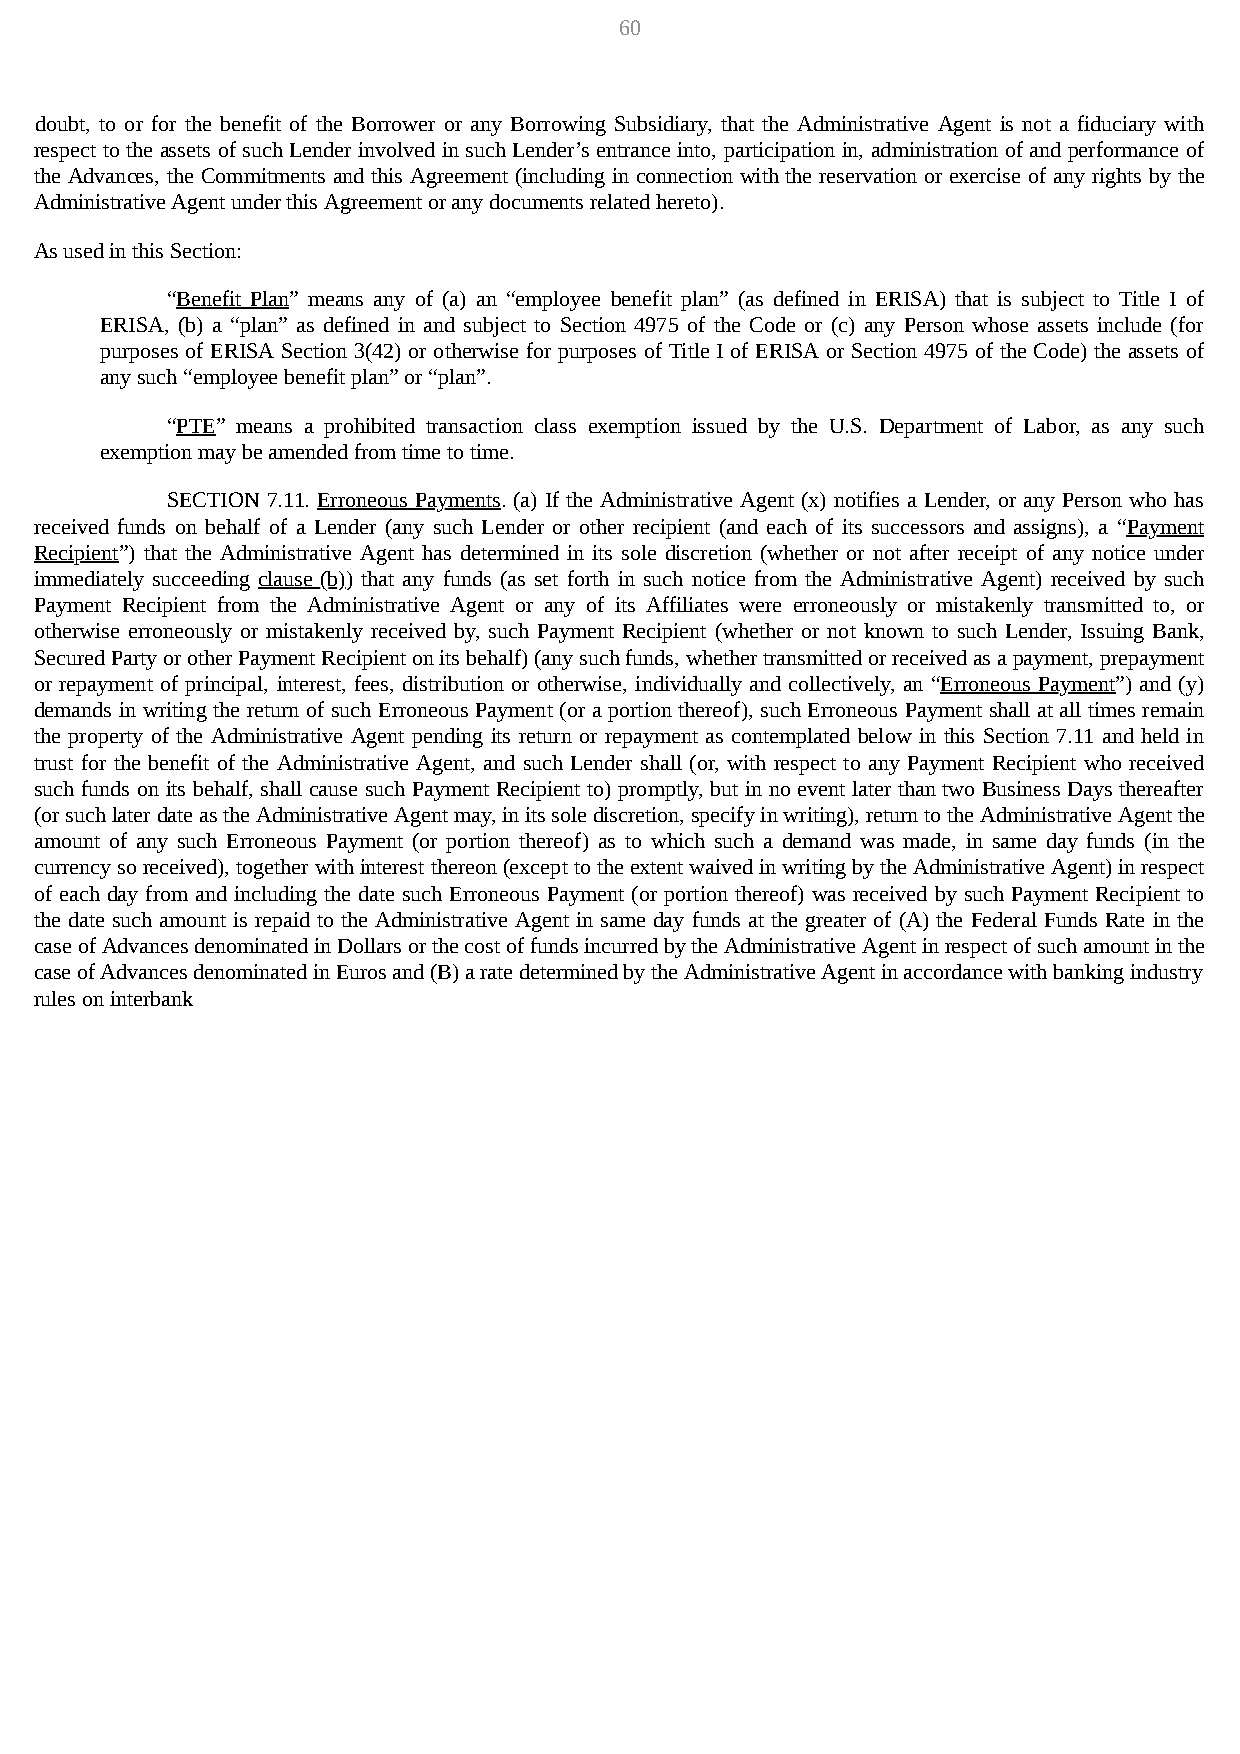
60
 doubt, to or for the benefit of the Borrower or any Borrowing Subsidiary, that the Administrative Agent is not a fiduciary with
 respect to the assets of such Lender involved in such Lender’s entrance into, participation in, administration of and performance of
 the Advances, the Commitments and this Agreement (including in connection with the reservation or exercise of any rights by the
 Administrative Agent under this Agreement or any documents related hereto).
 As used in this Section:
 “Benefit Plan” means any of (a) an “employee benefit plan” (as defined in ERISA) that is subject to Title I of
 ERISA, (b) a “plan” as defined in and subject to Section 4975 of the Code or (c) any Person whose assets include (for
 purposes of ERISA Section 3(42) or otherwise for purposes of Title I of ERISA or Section 4975 of the Code) the assets of
 any such “employee benefit plan” or “plan”.
 “PTE” means a prohibited transaction class exemption issued by the U.S. Department of Labor, as any such
 exemption may be amended from time to time.
 SECTION 7.11. Erroneous Payments. (a) If the Administrative Agent (x) notifies a Lender, or any Person who has
 received funds on behalf of a Lender (any such Lender or other recipient (and each of its successors and assigns), a “Payment
 Recipient”) that the Administrative Agent has determined in its sole discretion (whether or not after receipt of any notice under
 immediately succeeding clause (b)) that any funds (as set forth in such notice from the Administrative Agent) received by such
 Payment Recipient from the Administrative Agent or any of its Affiliates were erroneously or mistakenly transmitted to, or
 otherwise erroneously or mistakenly received by, such Payment Recipient (whether or not known to such Lender, Issuing Bank,
 Secured Party or other Payment Recipient on its behalf) (any such funds, whether transmitted or received as a payment, prepayment
 or repayment of principal, interest, fees, distribution or otherwise, individually and collectively, an “Erroneous Payment”) and (y)
 demands in writing the return of such Erroneous Payment (or a portion thereof), such Erroneous Payment shall at all times remain
 the property of the Administrative Agent pending its return or repayment as contemplated below in this Section 7.11 and held in
 trust for the benefit of the Administrative Agent, and such Lender shall (or, with respect to any Payment Recipient who received
 such funds on its behalf, shall cause such Payment Recipient to) promptly, but in no event later than two Business Days thereafter
 (or such later date as the Administrative Agent may, in its sole discretion, specify in writing), return to the Administrative Agent the
 amount of any such Erroneous Payment (or portion thereof) as to which such a demand was made, in same day funds (in the
 currency so received), together with interest thereon (except to the extent waived in writing by the Administrative Agent) in respect
 of each day from and including the date such Erroneous Payment (or portion thereof) was received by such Payment Recipient to
 the date such amount is repaid to the Administrative Agent in same day funds at the greater of (A) the Federal Funds Rate in the
 case of Advances denominated in Dollars or the cost of funds incurred by the Administrative Agent in respect of such amount in the
 case of Advances denominated in Euros and (B) a rate determined by the Administrative Agent in accordance with banking industry
 rules on interbank